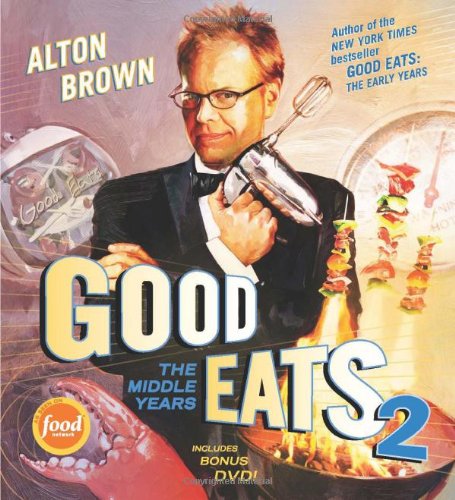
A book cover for Good Eats: The Middle Years; Alton Brown; Humor & Entertainment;